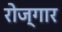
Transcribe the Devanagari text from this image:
रोज्गार